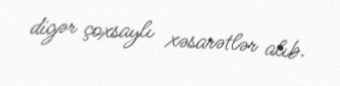
digər çoxsaylı xəsarətlər alıb.